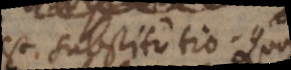
est substitutio. Quodsi